Annual report on the health of the army in India
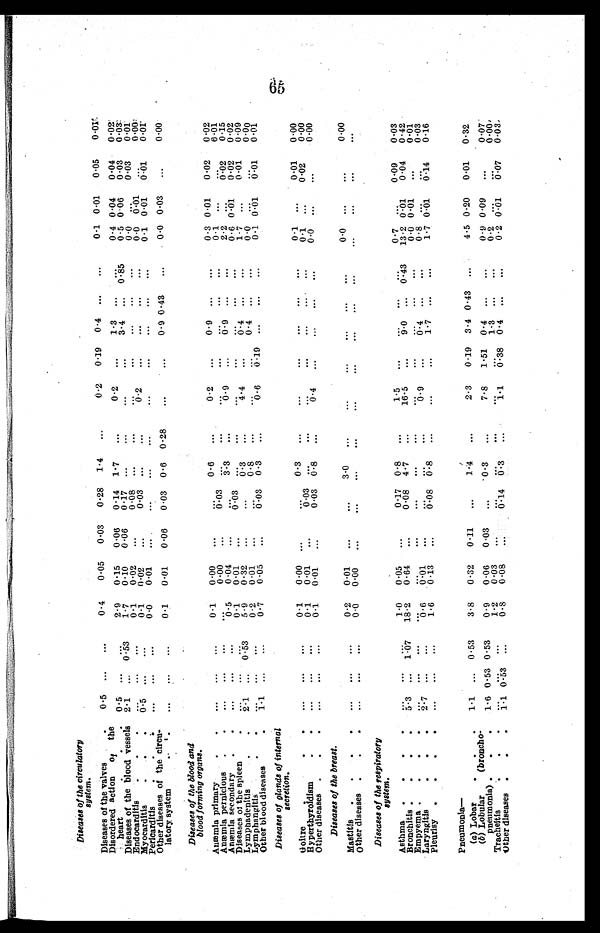
Diseases of the circulatory
system.
Diseases of the valves
.
0.5 ...
...
0.4
0.05 0.03 0.28 1 . 4 ...
0.2 0.19 0.4 ...
...
0.1 0 .01 0.05 0.01
D i s o r d e r e d a c t i o n o f
t h e
heart
0.5
2.9 0.15 0.06 0.14 1 . 7 ...
0.2 ...
1.3 ...
...
0.4 0 .04 0.04 0.02
Diseases of the blood vessels 2 . 1
. . . 0 . 53
1.7 0.10 0.06 0.17 ...
...
...
3.4 ... 0 . 85
0.5 0 . 06 0.03 0.03
End ocarditis .
.
.
...
...
...
0.1 0.02 ...
0.08 ...
..
...
...
...
...
0.0 ...
0.03
0.01
Myocarditis
0.5 ...
...
0.1 0.02
...
0.03 ...
...
0 . 2 ...
...
...
...
0.0 0.01
. . .
0.00
Pericarditis
. . .
...
...
. . .
0.0
0.01 ...
...
...
...
...
...
...
0.1 0 . 01 0.01
0.01
Other diseases of the circu-
latory system
0.1 0.01 0.06 0.03 0 . 6 0 . 28
...
...
0.9 0 . 43 ...
0.0 0 .03 ...
0.00
Diseases of the blood and
blood forming organs.
Anæmia primary
.
.
...
...
...
0 . 1 0.00 ...
0.6 ...
0.2
...
0.9 ...
...
0.3 0 . 01 0.02 0.02
Anæmia pernicious .
.
...
...
...
...
0.00 ...
0.03
. 3
...
... . . .
-
0.1 ...
0.02
0.01
Amends secondary .
...
...
...
0.5 0.04
. . .
...
...
...
2.2 . .
0.15
Diseases of the spleen
...
...
...
0 . 1 0.01 ...
0.03
. . .
...
...
...
0.6 0 . 01 0.02 0.02
Lymphadenitis
.
.
2.1 ... 0 . 53
5.9 0.32 ...
...
0.3 ...
4.4 . . .
.0.4 ...
...
1 .7 ...
0.01 0.09
Lymphangitis
.
.
...
...
...
0.2 0.01 ..
0.8 ...
0.4 ...
...
0.0
0.00
Other blood diseases
.
1.1 ...
...
0.7 0.05 ...
0.03 0 . 3 ...
0 . 6
0.19 ...
...
...
0.1 0.01 0.01 0.01
Diseases of glands of internal
secretion.
. 6
Goitre
. .
...
. . .
. . .
0.1 0.00 ...
...
0.3 ...
...
...
...
...
...
0.1 ...
0.01 0.00
Hyperthyroidism
. .
...
. . .
. . .
0 . 1 0.01 ...
0.03
...
-
...
...
...
0.1
. . .
0.02
0.00
Other diseases .
. .
...
. . .
. . .
0.1 0.01 ...
0.03
0.8 ...
0 . 4 ...
...
...
0.0 ...
...
0.00
Diseases of the breast.
Mastitis .
.
. .
...
. . .
. . .
0 .2 0 .01 ...
...
3-0 ...
...
...
...
...
...
0.0 ...
...
0.00
Other diseases .
.
.
...
...
...
0.0 0.00 ...
...
...
...
...
...
...
...
...
...
Diseases of the respiratory
system.
Asthma .
..
.
. .
. . .
. . .
1.0 0.05 ...
0.17 0 . 8 ...
1.5 ...
0.7 ...
0.09
0.03
Bronchitis
. 5.3
1.07 18 -2 0 - 64
0 -08 4.7 ...
16 -5
...
9.4 . . . 0.:43 13 -2 0 -01 0.04 0 -42
.
.
.
Empyema.
.
.
.
...
..
...
...
0.0 0 . 01 ...
0.01
Laryngitis
.
.
. 2.7 . . .
. . . 0.6
0.01
. . .
0.9 ... 0.4
0.8 . .
0.03
Pleurisy .
,
,
,
...
...
...
1.6 0.13 ...
0.08 0.8 ...
...
...
1.7 ...
...
1.7 0 :01 0.14
0.16
Pneumonia—
(a) Lobar
.
.
. 1.1 ... 0.53
3.8 0.32 0.11
...
1.4 ...
2.3 0.19 3.4 0.43 ...
4.5 0.20 0.01 0.32
(b) Lobular
(broncho-
pneumonia) .
. .
1.6 0 . 53 0 . 53
0.9 0.06 0.03 ... .0 . 3 ...
7.8 1.51 0.4 ...
0.9 0.09 ...
0.07
Tracheitis
.
.
... ...
...
1.2 0.03 ...
...
1.3 . . .
0.2 ...
0.00
Other diseases .
.
.
1.1 0 . 53
. . .
0.8 0.08
0.14 6.3 ...
1 . 1
.38 0.4 . . .
. . .
0.2 0.01
0 . 0 7 0.03.